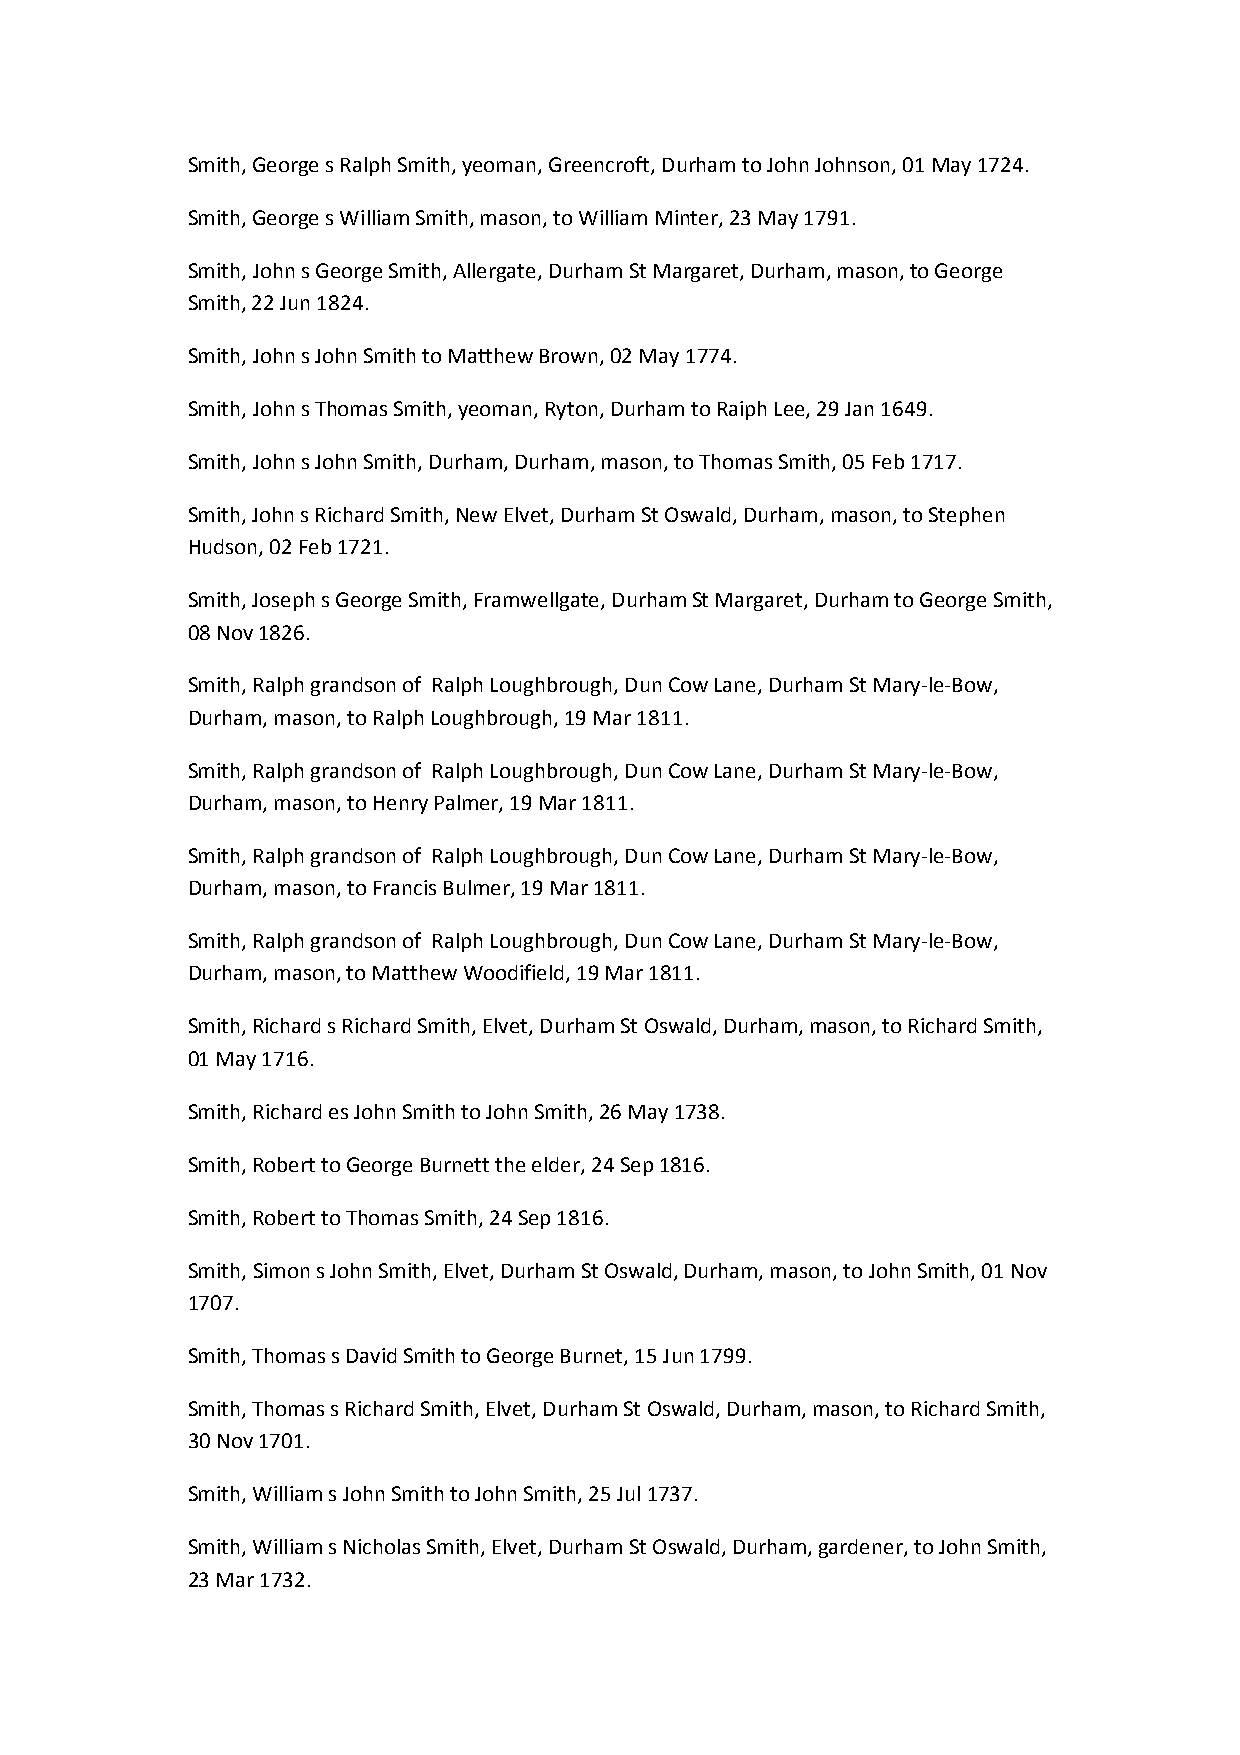
Smith, George s Ralph Smith, yeoman, Greencroft, Durham to John Johnson, 01 May 1724.
 Smith, George s William Smith, mason, to William Minter, 23 May 1791.
 Smith, John s George Smith, Allergate, Durham St Margaret, Durham, mason, to George
 Smith, 22 Jun 1824.
 Smith, John s John Smith to Matthew Brown, 02 May 1774.
 Smith, John s Thomas Smith, yeoman, Ryton, Durham to Raiph Lee, 29 Jan 1649.
 Smith, John s John Smith, Durham, Durham, mason, to Thomas Smith, 05 Feb 1717.
 Smith, John s Richard Smith, New Elvet, Durham St Oswald, Durham, mason, to Stephen
 Hudson, 02 Feb 1721.
 Smith, Joseph s George Smith, Framwellgate, Durham St Margaret, Durham to George Smith,
 08 Nov 1826.
 Smith, Ralph grandson of Ralph Loughbrough, Dun Cow Lane, Durham St Mary-le-Bow,
 Durham, mason, to Ralph Loughbrough, 19 Mar 1811.
 Smith, Ralph grandson of Ralph Loughbrough, Dun Cow Lane, Durham St Mary-le-Bow,
 Durham, mason, to Henry Palmer, 19 Mar 1811.
 Smith, Ralph grandson of Ralph Loughbrough, Dun Cow Lane, Durham St Mary-le-Bow,
 Durham, mason, to Francis Bulmer, 19 Mar 1811.
 Smith, Ralph grandson of Ralph Loughbrough, Dun Cow Lane, Durham St Mary-le-Bow,
 Durham, mason, to Matthew Woodifield, 19 Mar 1811.
 Smith, Richard s Richard Smith, Elvet, Durham St Oswald, Durham, mason, to Richard Smith,
 01 May 1716.
 Smith, Richard es John Smith to John Smith, 26 May 1738.
 Smith, Robert to George Burnett the elder, 24 Sep 1816.
 Smith, Robert to Thomas Smith, 24 Sep 1816.
 Smith, Simon s John Smith, Elvet, Durham St Oswald, Durham, mason, to John Smith, 01 Nov
 1707.
 Smith, Thomas s David Smith to George Burnet, 15 Jun 1799.
 Smith, Thomas s Richard Smith, Elvet, Durham St Oswald, Durham, mason, to Richard Smith,
 30 Nov 1701.
 Smith, William s John Smith to John Smith, 25 Jul 1737.
 Smith, William s Nicholas Smith, Elvet, Durham St Oswald, Durham, gardener, to John Smith,
 23 Mar 1732.